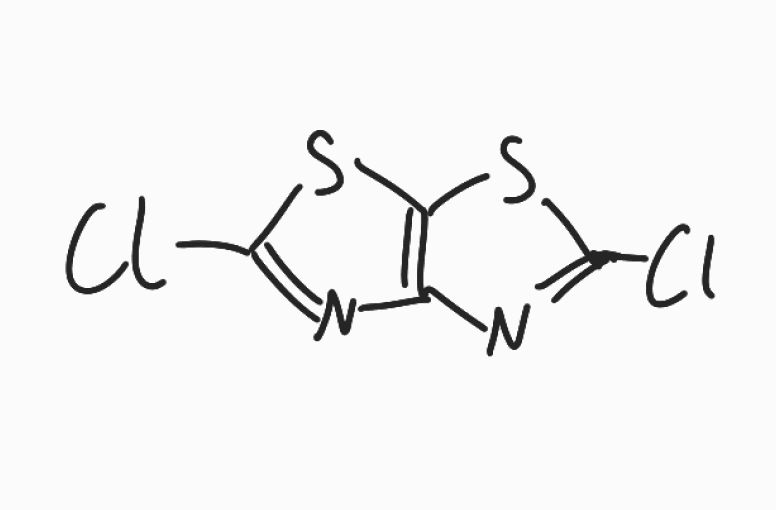
Simplified molecular-input line-entry system (SMILES) notation of the given molecule:
C12=C(SC(=N1)Cl)SC(=N2)Cl